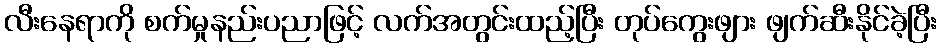
လီးနေရာကို စက်မှုနည်းပညာဖြင့် လက်အတွင်းထည့်ပြီး တုပ်ကွေးဖျား ဖျက်ဆီးနိုင်ခဲ့ပြီး